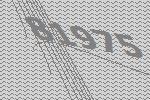
81975